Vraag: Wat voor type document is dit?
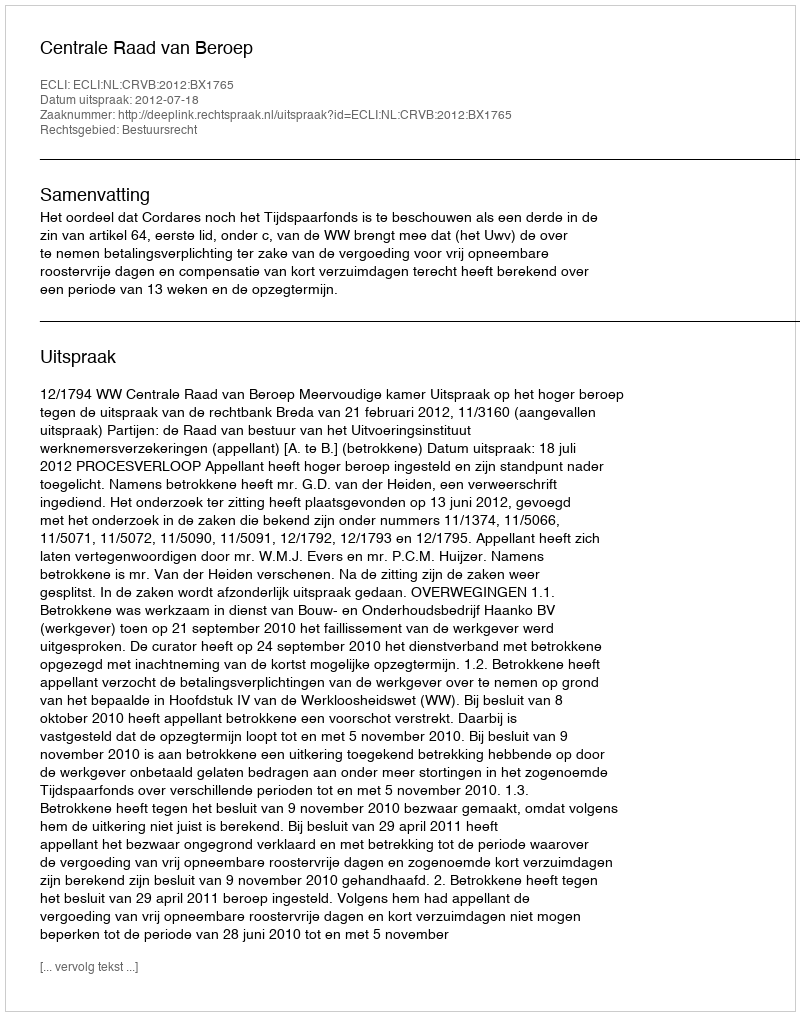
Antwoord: Uitspraak